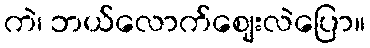
ကဲ၊ ဘယ်လောက်ဈေးလဲပြော။